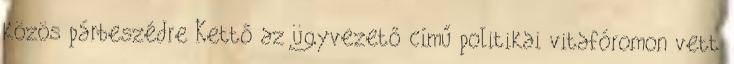
közös párbeszédre Kettő az ügyvezető című politikai vitafóromon vett